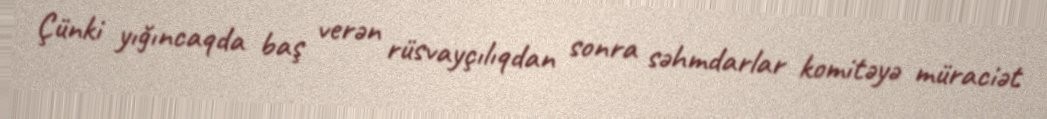
Çünki yığıncaqda baş verən rüsvayçılıqdan sonra səhmdarlar komitəyə müraciət